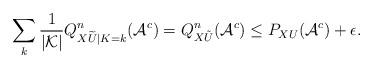
LaTeX: \begin{align*}\sum_k \frac{1}{|{\cal K}|} Q^n_{X\widetilde{U}|K=k}({\cal A}^c) = Q^n_{X\tilde{U}}({\cal A}^c) \le P_{XU}({\cal A}^c) + \epsilon.\end{align*}